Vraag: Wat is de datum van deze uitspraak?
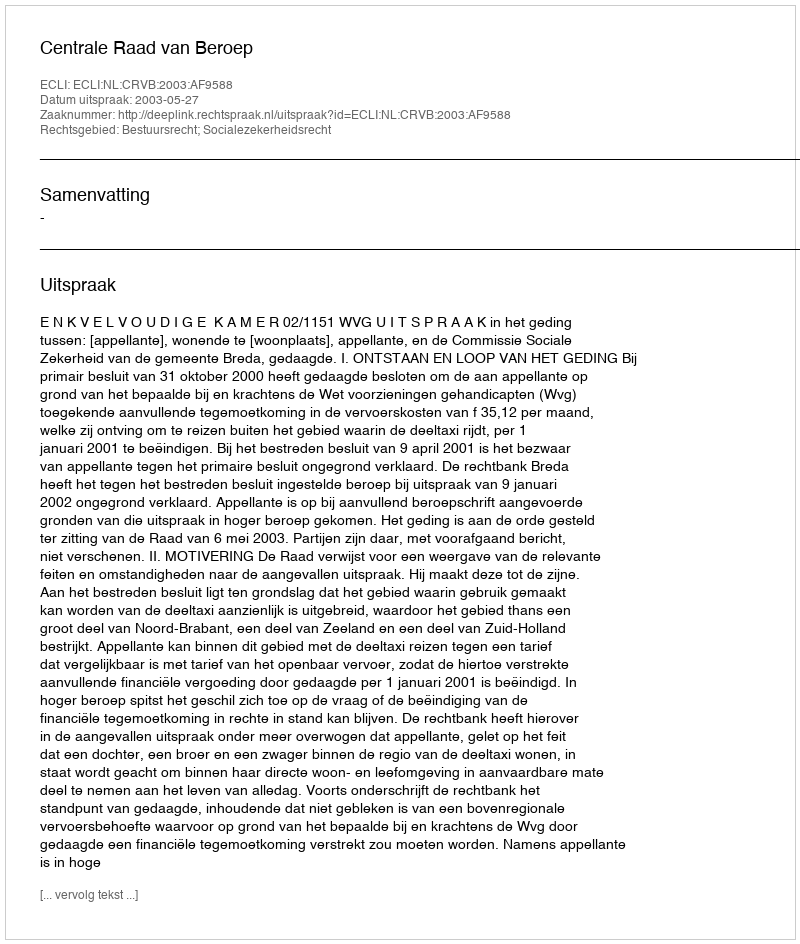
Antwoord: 2003-05-27